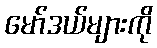
မော်ဒယ်များကို